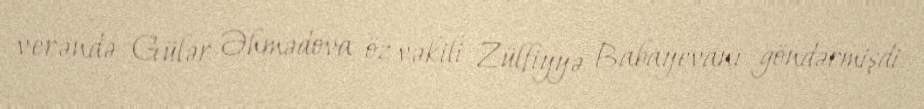
verəndə Gülər Əhmədova öz vəkili Zülfiyyə Babayevanı göndərmişdi.